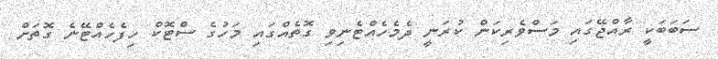
ސަބަބަކީ ރާއްޖޭގައި މަސްވެރިކަން ކުރަނީ ދެމެހެއްޓެނިވި ގޮތެއްގައި މަހުގެ ސްޓޮކް ހިފެހެއްޓޭނެ ގޮތަށް